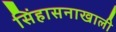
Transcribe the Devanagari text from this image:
सिंहासनाखाली